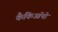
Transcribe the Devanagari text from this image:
कैकिऑपो